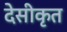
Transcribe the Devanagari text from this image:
देसीकृत